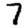
Digit: 7